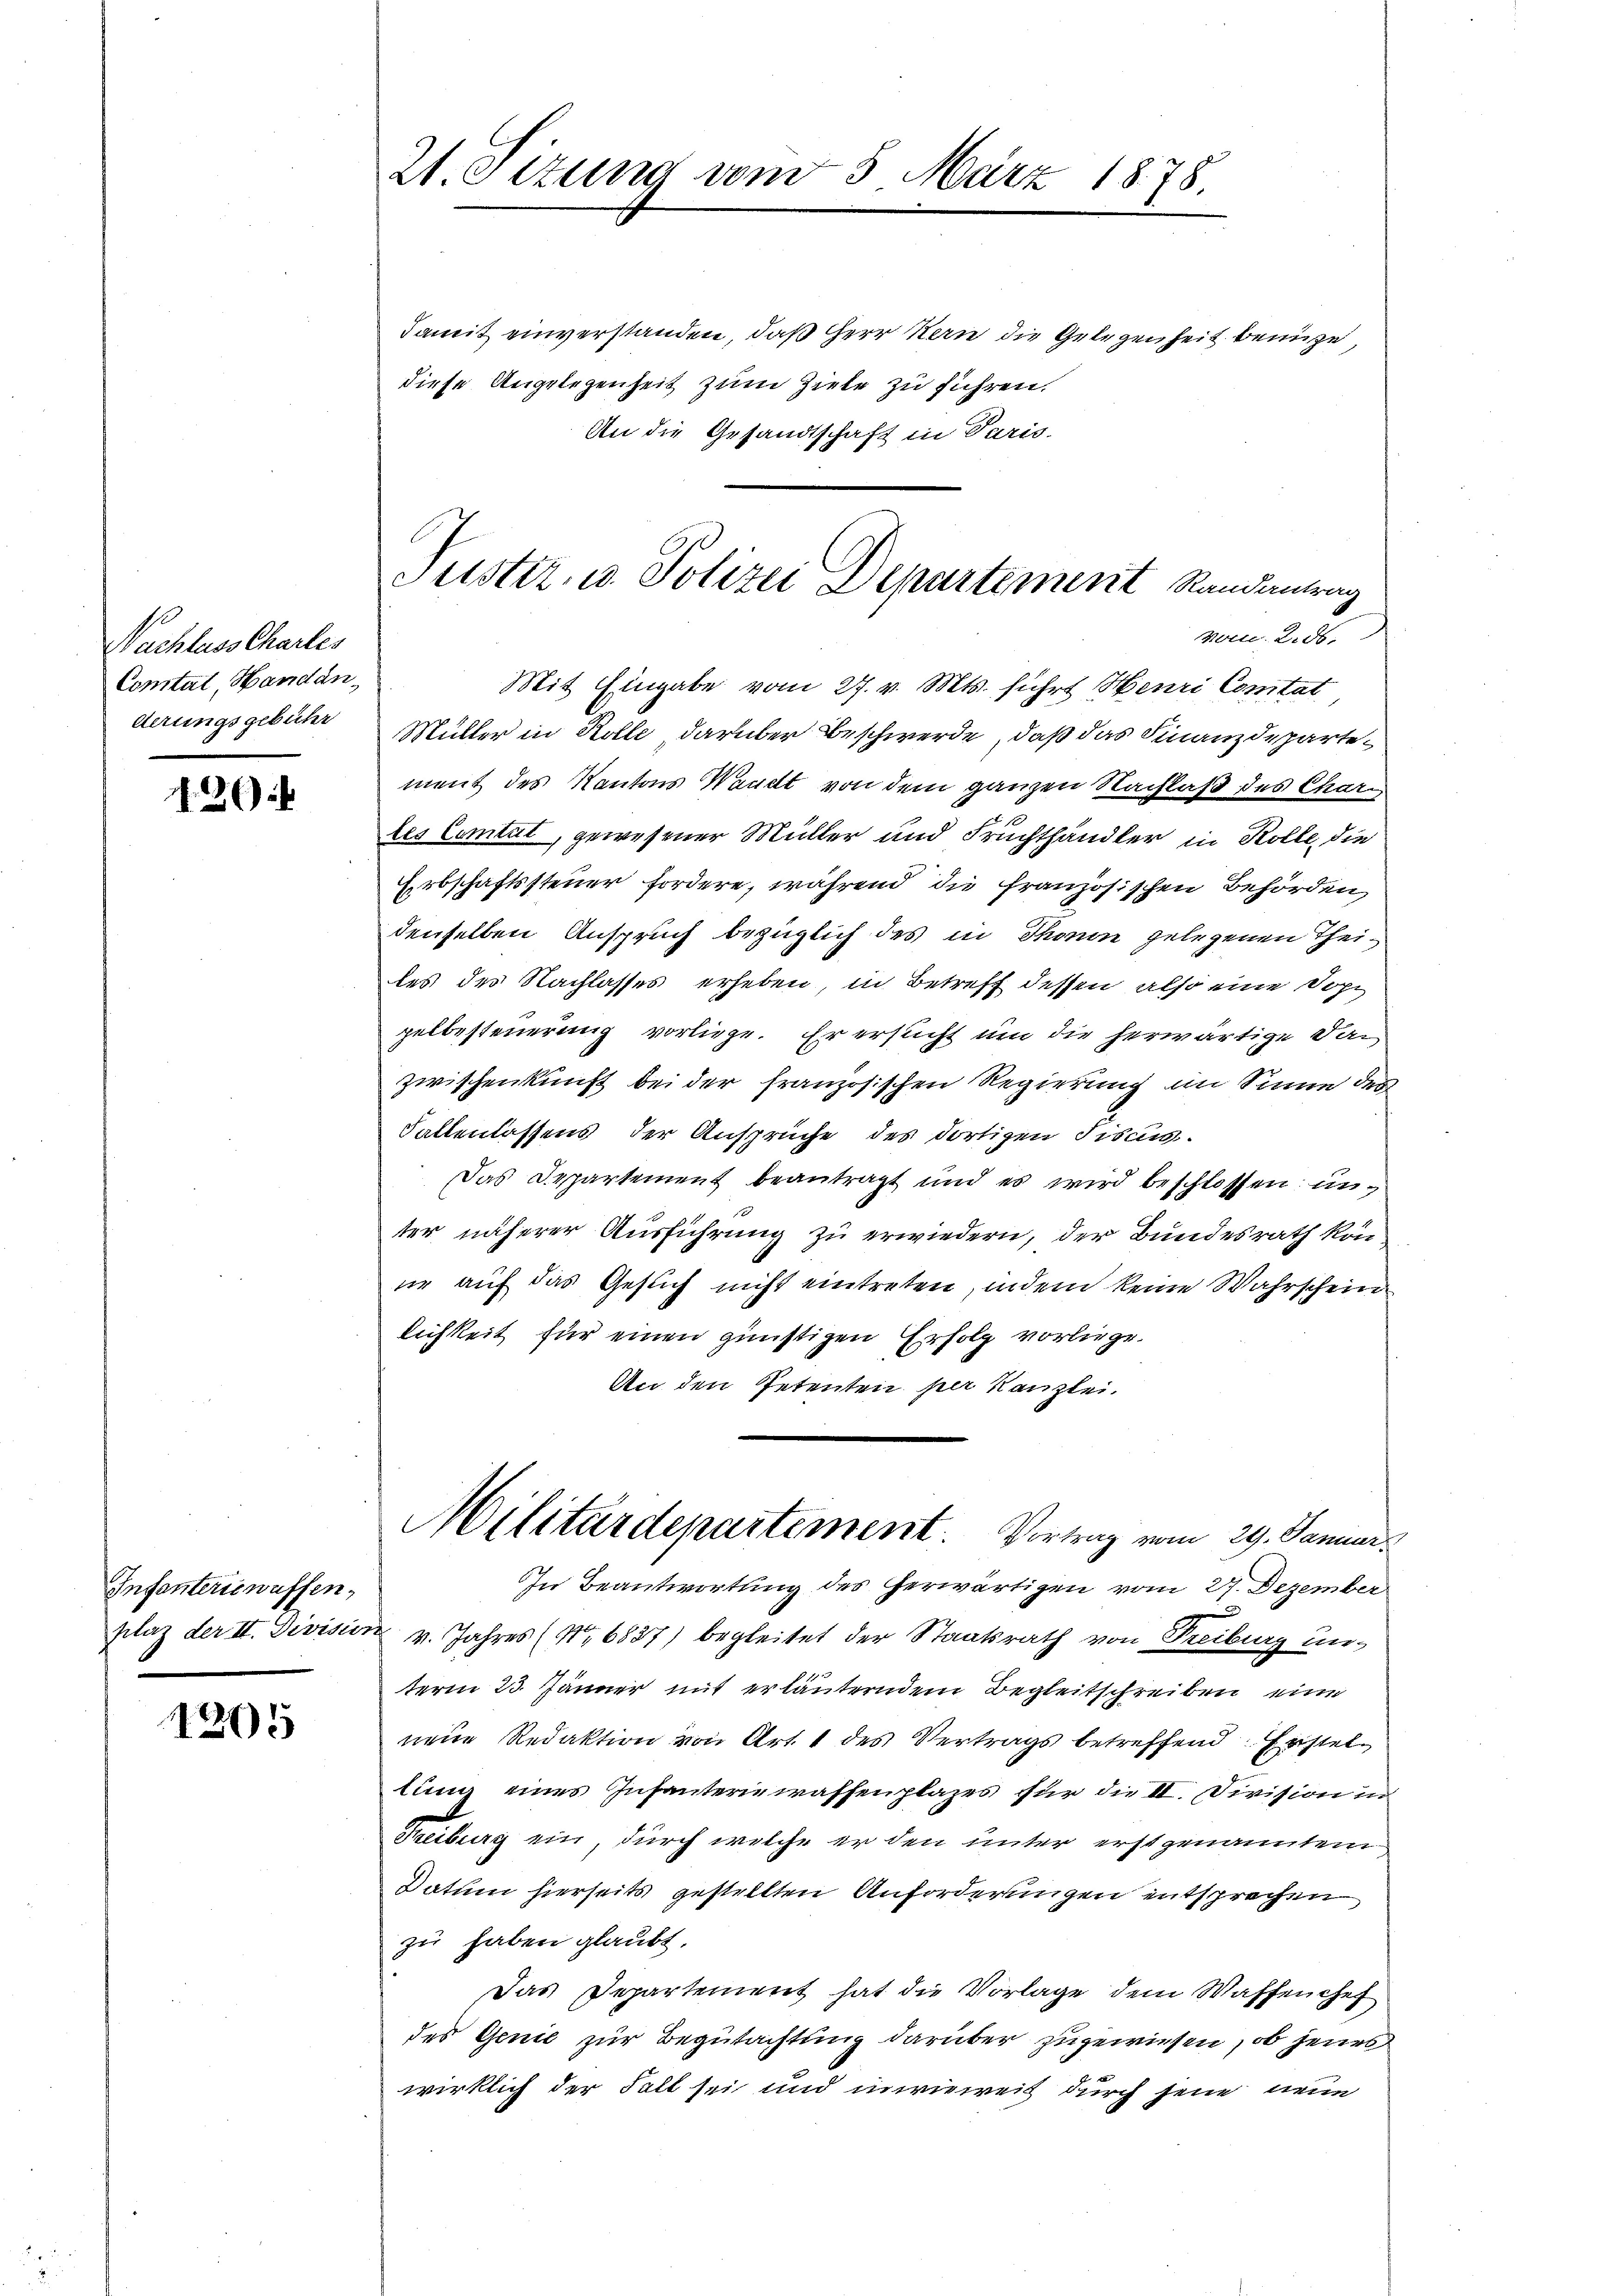
Nachlass Charles
Constat, Handanderungsgebühr

26

Infanteriewaffen.

4205

21. Sizung vom 5. März 1878.

damit einverstanden, daß Herr Kern die Gelegenheit benuze,
diese Angelegenheit zum Ziele zu führen.
An die Gesandtschaft in Paris-
Mit Eingabe vom 27. v. Mts. führt Henri Contat
Müller in Kolle, darüber Beschwerde, daß das Finanzdepartement des Kantons Waadt von dem ganzen Nachlaß des Chardes Contut, gewesener Müller und Fruchthändler in Kolle, die
Erbschaftssteuer fordere, während die französischen Behörden,
denselben Anspruch bezüglich des in Thon gelegenen Theiles des Nachlasses erheben, in Betreff dessen, also eine Dohl
pelbesteuerung vorliege. Er ersucht um die herwärtige Dan
zwischenkunft bei der französischen Regierung im Sinne des
Fallenlassens der Ansprüche des dortigen Fiscus.
Das Departement beantragt und es wird beschlossen unter näherer Ausführung zu erwiedern, der Bundesrath konne auf das Gesuch nicht eintreten, indem keine Wahrschein
lichkeit für einen günstigen Erfolg vorliege.
An den Petenten per Kanzlei.
Militärdepartement. Vortrag vom 29. Januar
In Beantwortung des herwärtigen vom 27. Dezember
plaz der II. Division v. Jahres (Nr. 6837) begleitet der Staatsrath von Freiburg unterm 23. Jänner mit erläuterndem Begleitschreiben eine
neue Redaktion von Art. 1 des Vertrags betreffend Ersteltung eines Infanteriewaffenplazes für die II. Division in
Treiburg ein, durch welche er den unter erstgenanntem
Datum hierseits gestellten Anforderungen entsprechen
zu haben glaubt.
Das Departement hat die Vorlage dem Waffen chef
des Genić zur Begutachtung darüber zugewiesen, ob jenes
wirklich der Fall sei und inwieweis durch jene neue

Justiz- u. Polizei Departement Randantrag
vom 22.